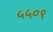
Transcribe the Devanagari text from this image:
५५०९